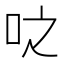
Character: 𫩝